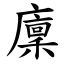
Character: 廩